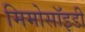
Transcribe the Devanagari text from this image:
मिमोसॉइडी